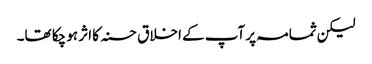
لیکن ثمامہ پر آپ کے اخلاق حسنہ کا اثر ہو چکا تھا۔